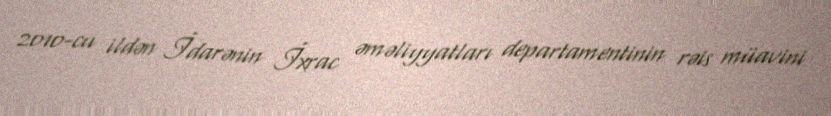
2010-cu ildən İdarənin İxrac əməliyyatları departamentinin rəis müavini